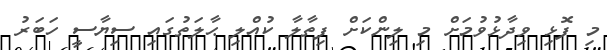
މި ފޮޅި ވިދާޅުވުމަށް މި ލިންކަށް ފިތާލާ ކުއްލި ޙާލަތުގައި ސިޔާސީ ހަބަރު